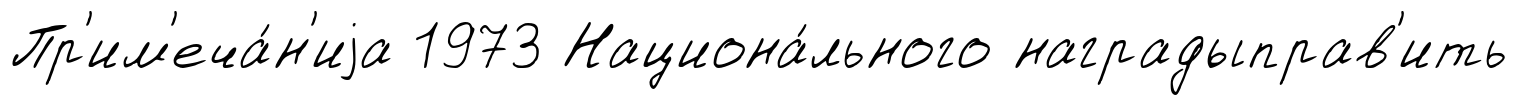
Пр'им'еча́н'иjа 1973 Национа́льного наградыправ'ить